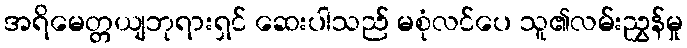
အရိမေတ္တယျဘုရားရှင် ဆေးပါသည် မစုံလင်ပေ သူ၏လမ်းညွှန်မှု